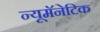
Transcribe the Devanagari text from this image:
न्यूमॅनेटिक